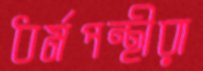
ধর্মপন্থীরা